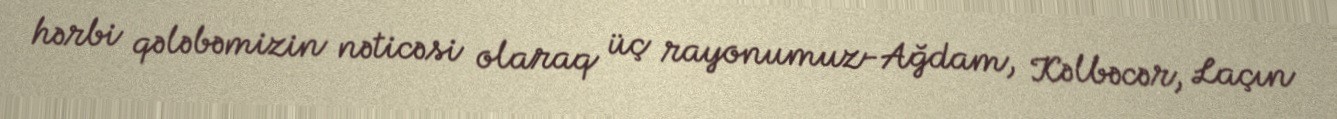
hərbi qələbəmizin nəticəsi olaraq üç rayonumuz-Ağdam, Kəlbəcər, Laçın